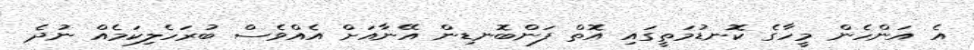
އެ އަންހެން މީހާގެ ކޮނޑުމަތީގައި އޮތް ފަންބޮނޑިން އޭނާއަށް އެއްވެސް ބުރަހެލިކަމެއް ނުދެ